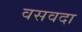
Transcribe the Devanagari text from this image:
वसवदा